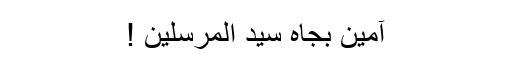
آمین بجاہ سیّد المرسلین !